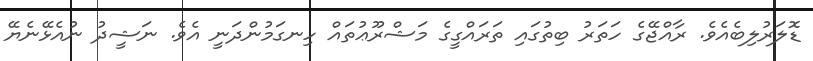
ޑޮލަރުލިބެއެވެ. ރާއްޖޭގެ ހަތަރު ބިތުގައި ތަރައްގީގެ މަޝްރޫޢުތައް ހިނގަމުންދަނީ އެވެ. ނަޝީދު ނުއެޅޭނެޔޭ